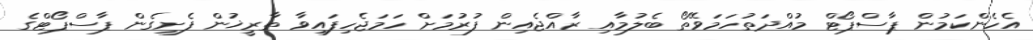
އެހެންކަމުން ޕާސްޕޯޓް މުއްދަތުހަމަވޭތޯ ބެލުމާއި ރާއްޖެއިން ފުރުމަށް ހަމަޖެހިފައިވާ ތާރީޚުން ފެށިގެން ޕާސްޕޯޓްގެ